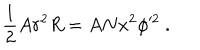
LaTeX: \frac { 1 } { 2 } A r ^ { 2 } R = A N x ^ { 2 } \phi ^ { 2 } \ .